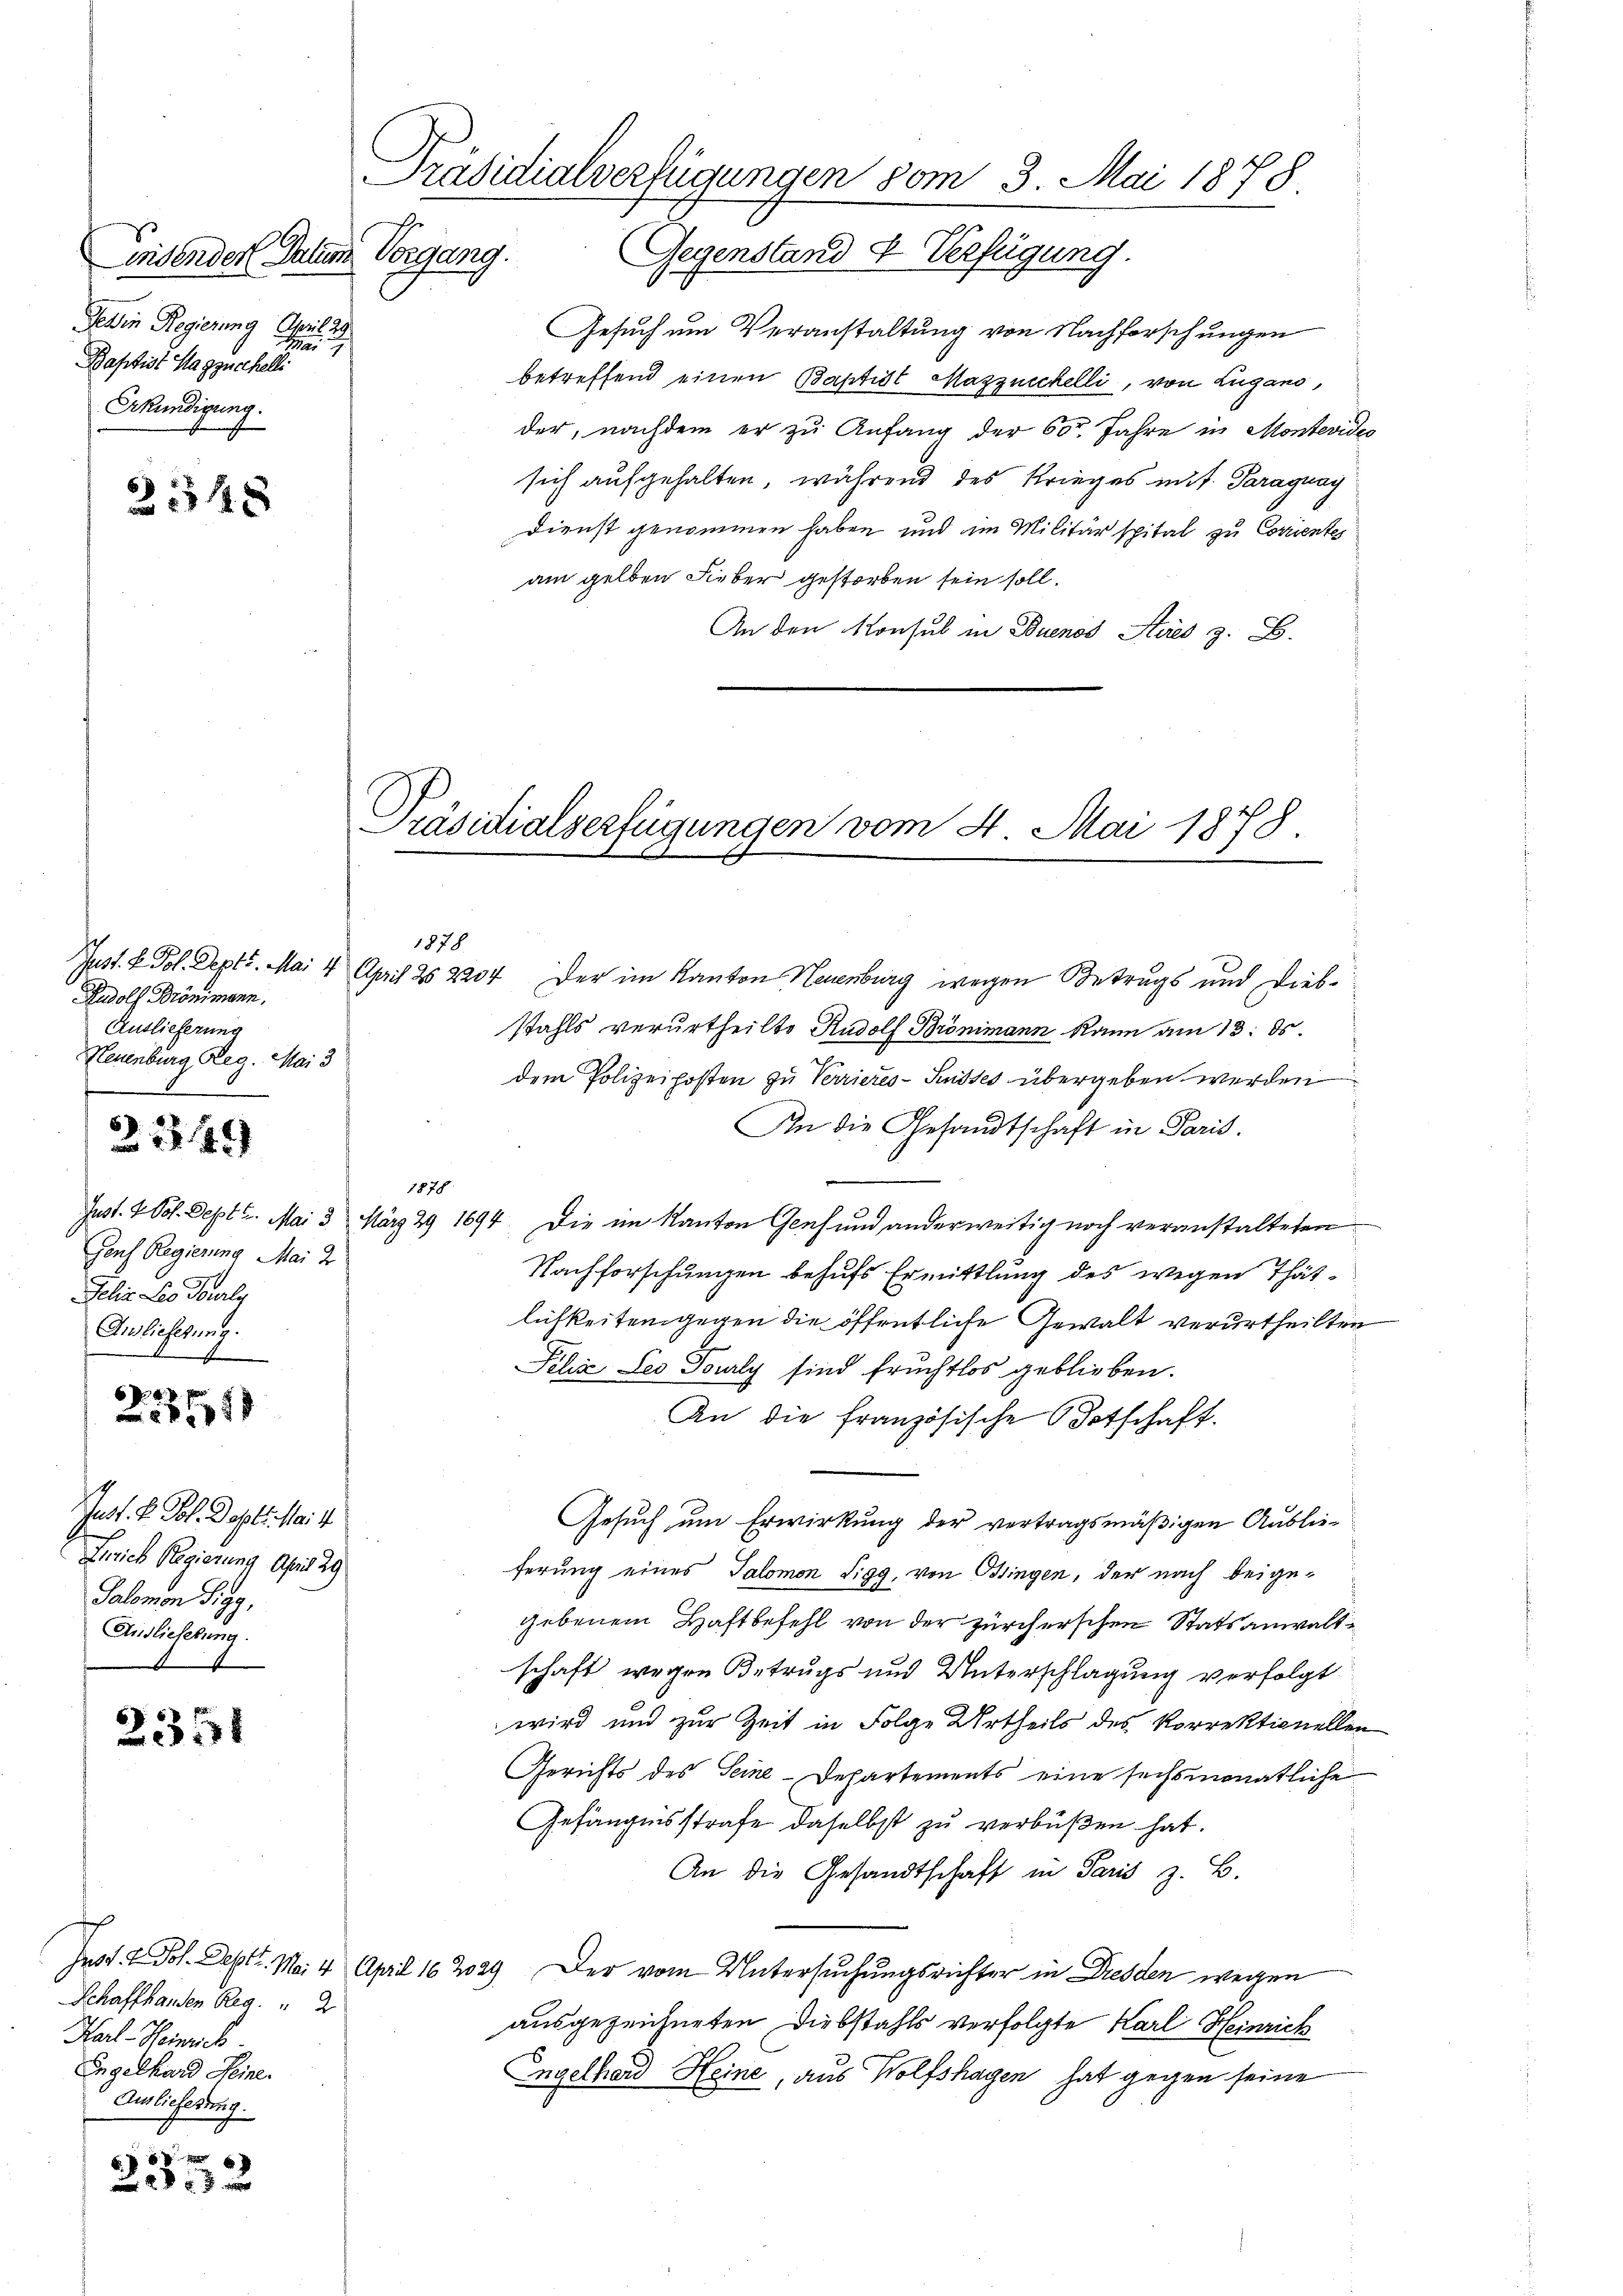
wisender Salis
Gewin Regierung April 29.

Baptist Hagzucchelli
Erkundigung.

31548

Rudolf Brönimann,
Auslieferung
Neuenburg Reg. Mai 3

2349

Gouf Regierung Mai d
Jelis. Les Torrly
Anlieferung.
22354)

Just. V. Pol. Dahlt. Mai 1
Gerich Regierung April 29
Salomon Sigg,
Auslieferung.

23351

Schaffhanden Reg. " 2
Karl Heinrich
Engelhard Heine.
Auslieferung.

f xx
 20 x

Präsidialverfügungen vom 3. Mai 1878.
Vorgang. Gegenstand & Verfügung.

1878

Präsidialverfügungen vom 4. Mai 1878.

Just. L. Fol. Dept. Mai 4 April 25. 2204 der im Kanton Neuenburg wegen Betrugs und Diebstahls verurtheilte Rudolf Brönimann kann am 13. ds.
dem Polizeiposten zu Verrieres-Ausses übergeben werden
An die Gesandtschaft in Paris.
Just. 2 Pol. Sept 2. Mai 3 März 29 1694. Die im Kanton Genf und anderweitig noch veranstalteten
Nachforschungen behufs Ermittlung des wegen Thätlichkeiten gegen die öffentliche Gewalt verurtheilten
Felix Leo Towly sind fruchtlos geblieben.
An die französische Botschaft.
Gesuch um Erwirkung der vertragsmäßigen Auslieferung eines Salomon Sigg, von Ossingen, der nach beigegebenem Haftbefehl von der zürcherschen Statsanwaltschaft wegen Betrugs und Unterschlagung verfolgt
wird und zur Zeit in Folge Urtheils des Korrektionellen
Gerichts des Seine Departements eine sechsmonatliche
Gefängnisstrafe daselbst zu verbüßen hat.
An die Gesandtschaft in Paris z. B.
Jast. 7. Joh. Sept. Mai 4 April 162029. Der vom Untersuchungsrichter in Dresden wegen
ausgezeichneten Diebstahls verfolgte Karl Heinrich
Engelhard Heine, aus Wolfshagen hat gegen seine

1878

Gesuch um Veranstaltung von Nachforschungen
betreffend einen Baptist Mazzeichelli, von Lugano,
der, nachdem er zu Anfang der 60 Jahre in Montevideo
sich aufgehalten, während des Krieges mit. Paraguay
Dienst genommen haben und im Militär spital zu Corrientes
am gelben Fieber gestorben sein soll.
An den Monsul in Buenos Aires z. B.